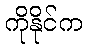
ကိုနိုင်က